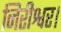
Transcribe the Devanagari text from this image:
निरीश्वर।